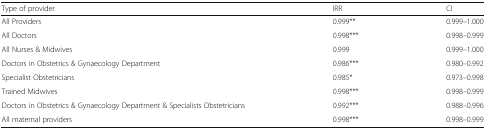
| Type of provider | IRR | CI |
 | --- | --- | --- |
 | All Providers | 0.999** | 0.999–1.000 |
 | All Doctors | 0.998*** | 0.998–0.999 |
 | All Nurses & Midwives | 0.999 | 0.999–1.000 |
 | Doctors in Obstetrics & Gynaecology Department | 0.986*** | 0.980–0.992 |
 | Specialist Obstetricians | 0.985* | 0.973–0.998 |
 | Trained Midwives | 0.998*** | 0.998–0.999 |
 | Doctors in Obstetrics & Gynaecology Department & Specialists Obstetricians | 0.992*** | 0.988–0.996 |
 | All maternal providers | 0.998*** | 0.998–0.999 |